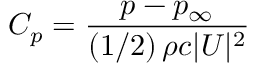
C _ { p } = \frac { p - p _ { \infty } } { \left( 1 / 2 \right) \rho c | \boldsymbol { U } | ^ { 2 } }